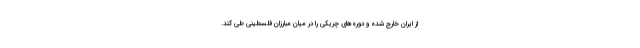
از ایران خارج شده و دوره‌های چریکی را در میان مبارزان فلسطینی طی کند.